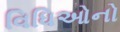
વિધિઓનો